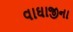
વાઘાજીના